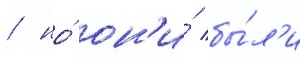
/ но́ он'и́ бы́л'и